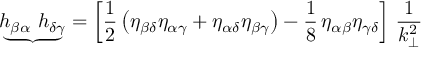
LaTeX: { \underbrace { h _ { \beta \alpha } ~ h _ { \delta \gamma } } } = \left[ \frac { 1 } { 2 } \left( \eta _ { \beta \delta } \eta _ { \alpha \gamma } + \eta _ { \alpha \delta } \eta _ { \beta \gamma } \right) - \frac { 1 } { 8 } \, \eta _ { \alpha \beta } \eta _ { \gamma \delta } \right] \, \frac { 1 } { k _ { \bot } ^ { 2 } }